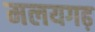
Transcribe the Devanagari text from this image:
मलयगढ़